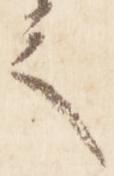
之